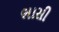
ભાસી